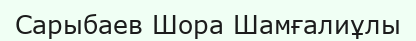
Сарыбаев Шора Шамғалиұлы